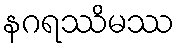
နဂရဿိမဿ